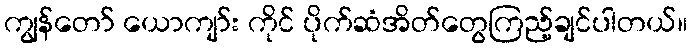
ကျွန်တော် ယောကျာ်း ကိုင် ပိုက်ဆံအိတ်တွေကြည့်ချင်ပါတယ်။